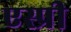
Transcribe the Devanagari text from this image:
एस्प्री